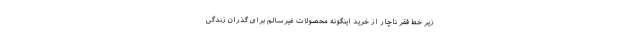
زیر خط فقر ناچار از خرید اینگونه محصولات غیرسالم برای گذران زندگی